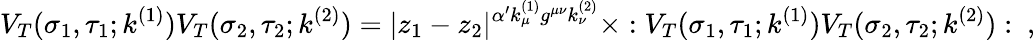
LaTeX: V_{T}(\sigma_{1},\tau_{1};k^{(1)})V_{T}(\sigma_{2},\tau_{2};k^{(2)})=|z_{1}-z_{2}|^{\alpha^{\prime}k_{\mu}^{(1)}g^{\mu\nu}k_{\nu}^{(2)}}\times:V_{T}(\sigma_{1},\tau_{1};k^{(1)})V_{T}(\sigma_{2},\tau_{2};k^{(2)}):~,